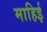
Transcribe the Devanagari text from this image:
माहिई